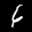
Label: 6